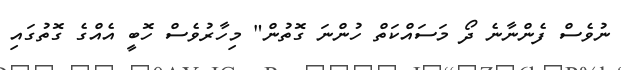
ނުވެސް ފެންނާނެ ދޯ މަސައްކަތް ހުންނަ ގޮތުން" މިހާރުވެސް ހޮބީ އެއްގެ ގޮތުގައި